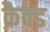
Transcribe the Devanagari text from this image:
क्रैक्ड